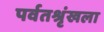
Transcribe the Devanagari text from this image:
पर्वतश्रृंखला